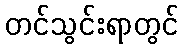
တင်သွင်းရာတွင်